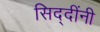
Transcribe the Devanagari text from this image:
सिद्दींनी